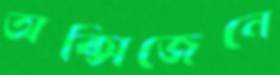
অক্সিজেনে